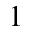
^ 1